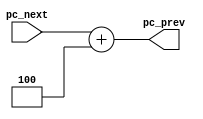
module pc_plus4_adder(
    input [31:0]pc_next,
    output [31:0]pc_prev
);

assign pc_prev = pc_next + 4;

endmodule